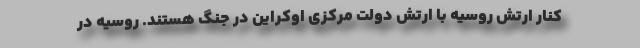
کنار ارتش روسیه با ارتش دولت مرکزی اوکراین در جنگ هستند. روسیه در